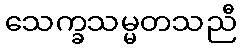
သေက္ခသမ္မတသညီ